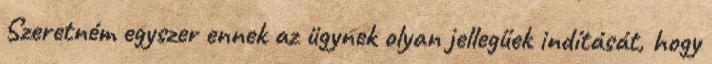
Szeretném egyszer ennek az ügynek olyan jellegűek indítását, hogy